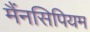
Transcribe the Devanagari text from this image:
मैंनसिपियम